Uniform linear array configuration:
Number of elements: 48
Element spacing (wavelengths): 0.5
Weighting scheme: exponential
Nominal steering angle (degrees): -15
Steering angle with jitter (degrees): -13.238
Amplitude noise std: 0.05
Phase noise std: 0.05

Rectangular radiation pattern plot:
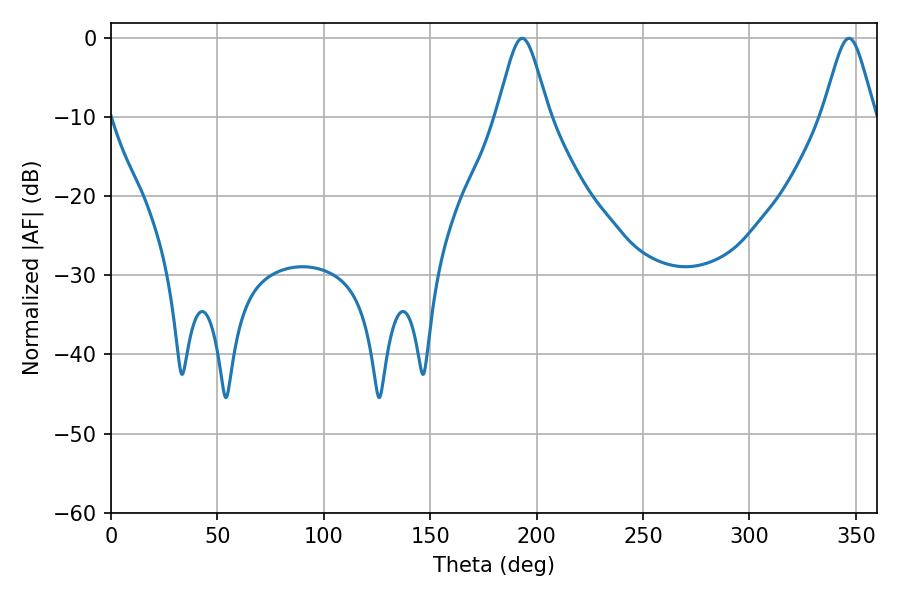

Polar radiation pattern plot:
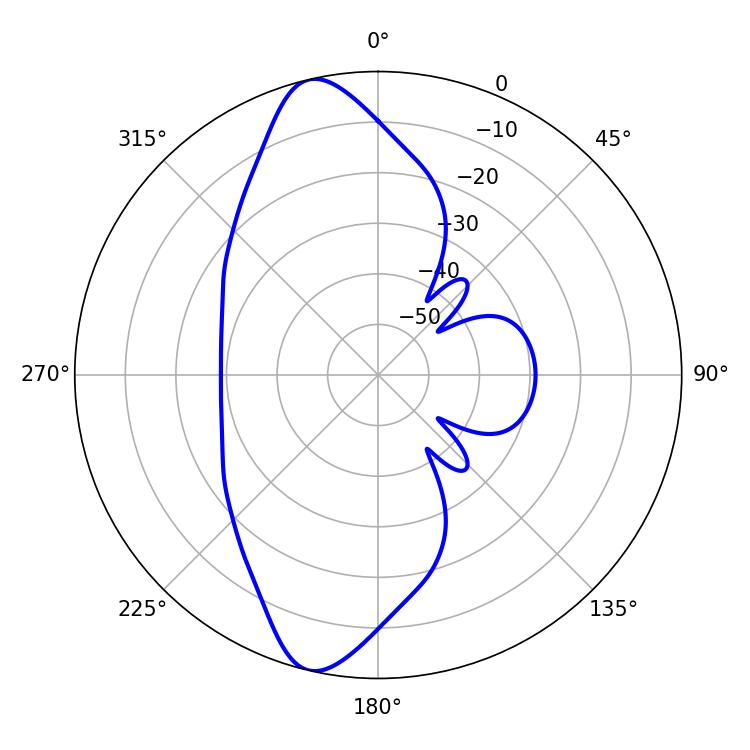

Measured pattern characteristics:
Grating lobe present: FALSE
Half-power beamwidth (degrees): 11.88
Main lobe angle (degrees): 193.14